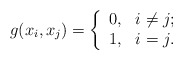
\begin{align*} g(x_{i}, x_{j})= \left\{ \begin{array}{ll} 0, & i\neq j \hbox{;} \\ 1, & i=j \hbox{.} \end{array} \right. \end{align*}